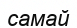
самай